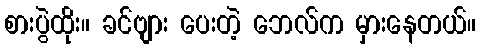
စားပွဲထိုး။ ခင်ဗျား ပေးတဲ့ ဘေလ်က မှားနေတယ်။